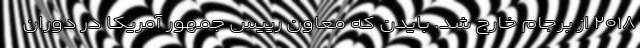
۲۰۱۸ از برجام خارج شد. بایدن که معاون رییس جمهور آمریکا در دوران